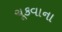
ચૂકવાના